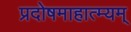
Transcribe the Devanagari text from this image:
प्रदोषमाहात्म्यम्